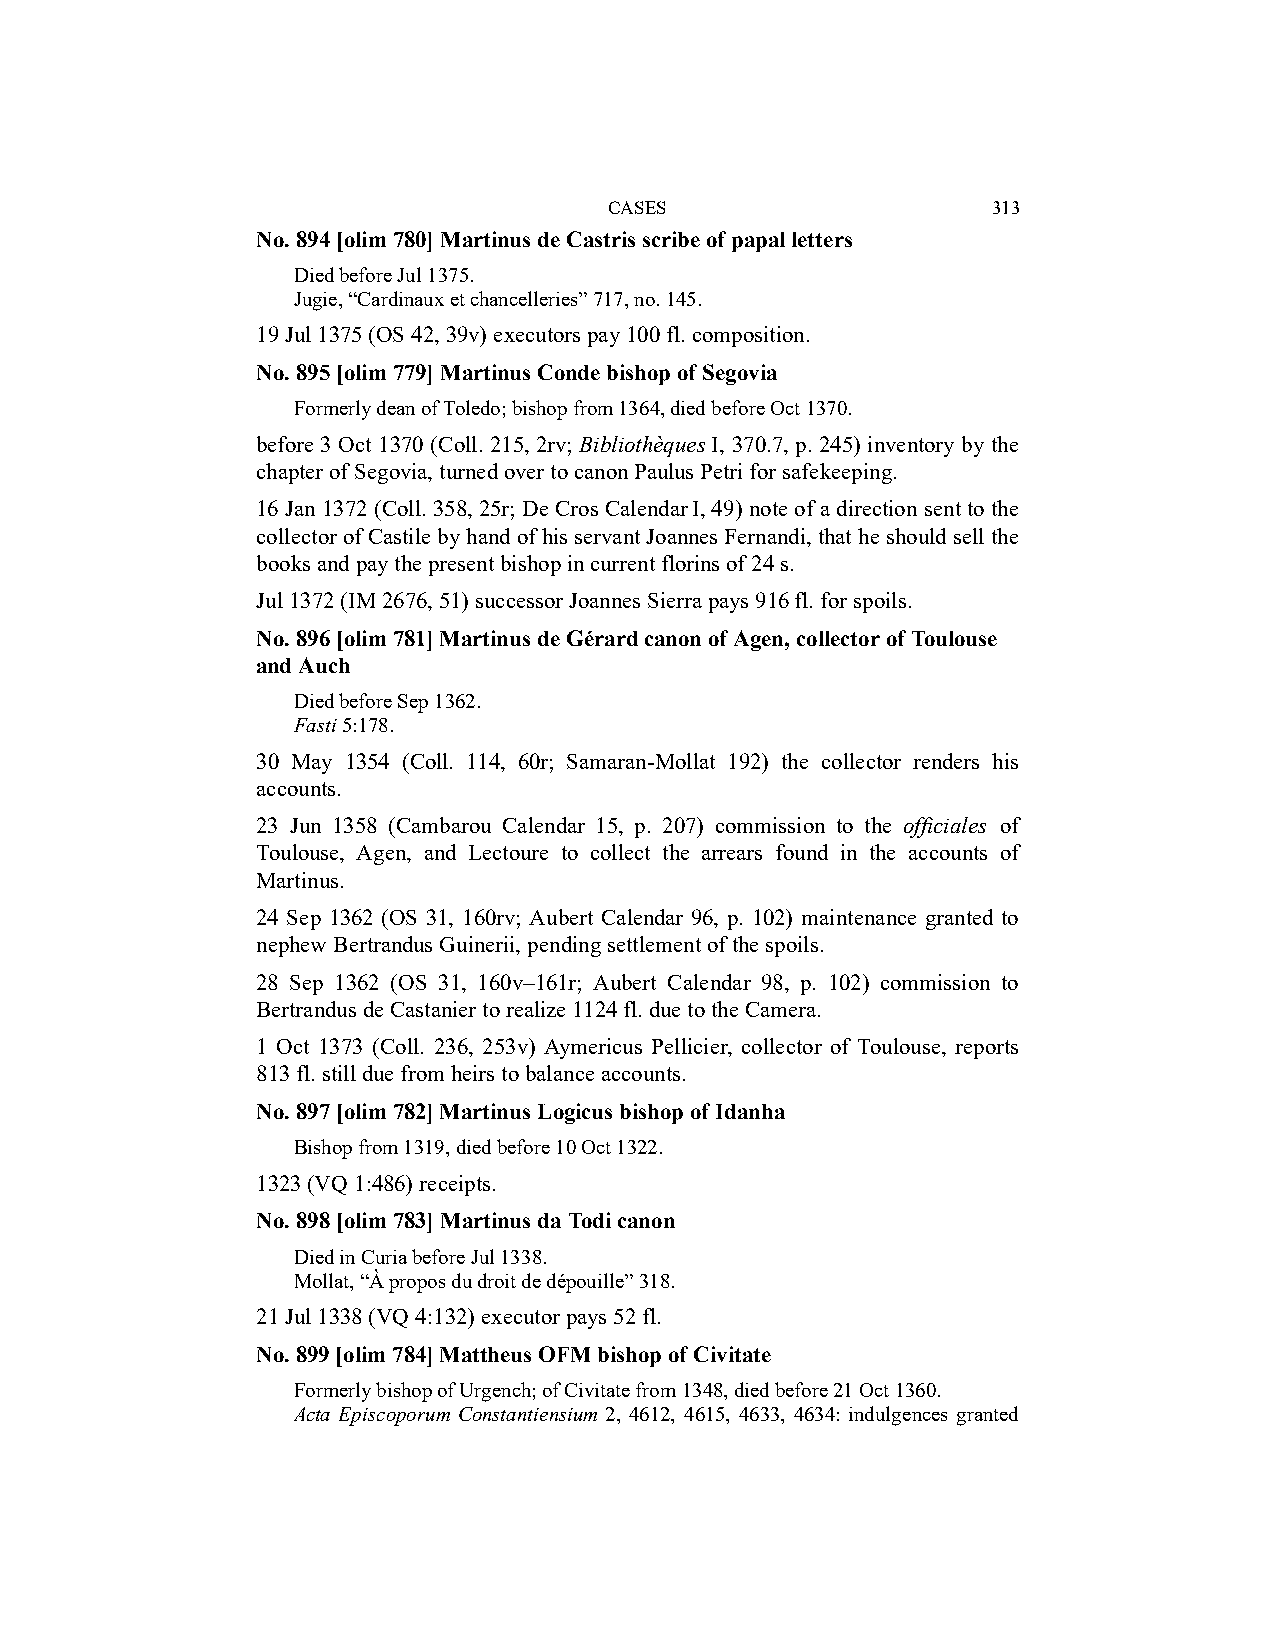
CASES                     313
 No. 894 [olim 780] Martinus de Castris scribe of papal letters
 Died before Jul 1375.
 Jugie, “Cardinaux et chancelleries” 717, no. 145.
 19 Jul 1375 (OS 42, 39v) executors pay 100 fl. composition.
 No. 895 [olim 779] Martinus Conde bishop of Segovia
 Formerly dean of Toledo; bishop from 1364, died before Oct 1370.
 before 3 Oct 1370 (Coll. 215, 2rv; Bibliothèques I, 370.7, p. 245) inventory by the
 chapter of Segovia, turned over to canon Paulus Petri for safekeeping.
 16 Jan 1372 (Coll. 358, 25r; De Cros Calendar I, 49) note of a direction sent to the
 collector of Castile by hand of his servant Joannes Fernandi, that he should sell the
 books and pay the present bishop in current florins of 24 s.
 Jul 1372 (IM 2676, 51) successor Joannes Sierra pays 916 fl. for spoils.
 No. 896 [olim 781] Martinus de Gérard canon of Agen, collector of Toulouse
 and Auch
 Died before Sep 1362.
 Fasti 5:178.
 30 May 1354 (Coll. 114, 60r; Samaran-Mollat 192) the collector renders his
 accounts.
 23 Jun 1358 (Cambarou Calendar 15, p. 207) commission to the officiales of
 Toulouse, Agen, and Lectoure to collect the arrears found in the accounts of
 Martinus.
 24 Sep 1362 (OS 31, 160rv; Aubert Calendar 96, p. 102) maintenance granted to
 nephew Bertrandus Guinerii, pending settlement of the spoils.
 28 Sep 1362 (OS 31, 160v–161r; Aubert Calendar 98, p. 102) commission to
 Bertrandus de Castanier to realize 1124 fl. due to the Camera.
 1 Oct 1373 (Coll. 236, 253v) Aymericus Pellicier, collector of Toulouse, reports
 813 fl. still due from heirs to balance accounts.
 No. 897 [olim 782] Martinus Logicus bishop of Idanha
 Bishop from 1319, died before 10 Oct 1322.
 1323 (VQ 1:486) receipts.
 No. 898 [olim 783] Martinus da Todi canon
 Died in Curia before Jul 1338.
 Mollat, “À propos du droit de dépouille” 318.
 21 Jul 1338 (VQ 4:132) executor pays 52 fl.
 No. 899 [olim 784] Mattheus OFM bishop of Civitate
 Formerly bishop of Urgench; of Civitate from 1348, died before 21 Oct 1360.
 Acta Episcoporum Constantiensium 2, 4612, 4615, 4633, 4634: indulgences granted